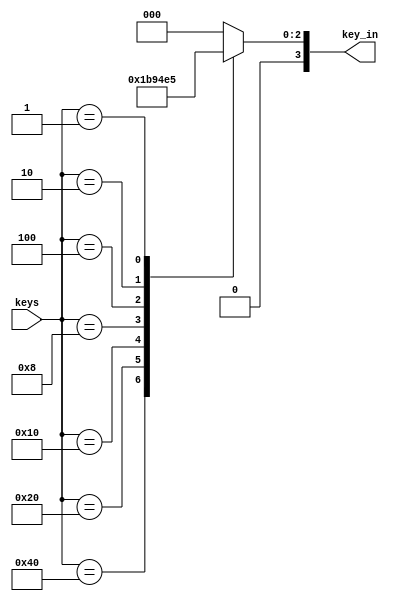
`timescale 1ns / 1ps
//////////////////////////////////////////////////////////////////////////////////
// Company: 
// Engineer: 
// 
// Design Name: 
// Module Name: pb_decoder
// Project Name: 
// Target Devices: 
// Tool Versions: 
// Description: 
// 
// Dependencies: 
// 
// Revision:
// Revision 0.01 - File Created
// Additional Comments:
// 
//////////////////////////////////////////////////////////////////////////////////


module pb_decoder(
    input [6:0]keys,
    output reg [3:0]key_in
);

always @*
    case (keys)
        7'h40 : key_in = 4'd6;  // a
        7'h20 : key_in = 4'd7;  // b
        7'h10 : key_in = 4'd1;  // c
        7'h08 : key_in = 4'd2;  // d
        7'h04 : key_in = 4'd3;  // e
        7'h02 : key_in = 4'd4;  // f
        7'h01 : key_in = 4'd5;  // g
        default : key_in = 4'd0;
    endcase
            
endmodule